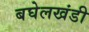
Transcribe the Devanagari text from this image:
बघेलखंडी